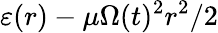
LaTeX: \varepsilon(r)-\mu\Omega(t)^{2}r^{2}/2